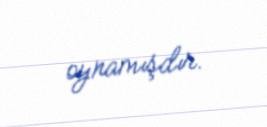
oynamışdır.